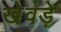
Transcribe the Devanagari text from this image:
खेवड़े